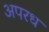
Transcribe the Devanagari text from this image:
अपरध